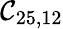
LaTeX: \mathcal{C}_{25,12}